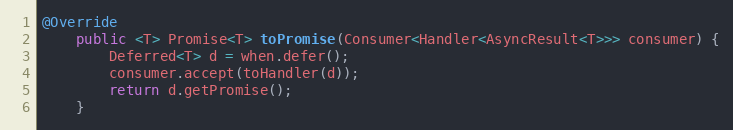
Language: Java
@Override
    public <T> Promise<T> toPromise(Consumer<Handler<AsyncResult<T>>> consumer) {
        Deferred<T> d = when.defer();
        consumer.accept(toHandler(d));
        return d.getPromise();
    }